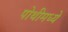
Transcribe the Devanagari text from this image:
पोथीमध्ये